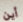
أين